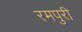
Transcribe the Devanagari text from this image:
रमपुरी